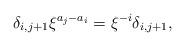
LaTeX: \begin{align*}\delta_{i,j+1} \xi^{a_j-a_i}=\xi^{-i} \delta_{i,j+1},\end{align*}